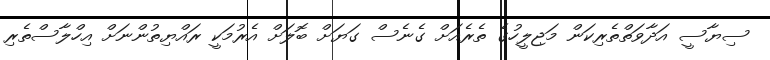
ސިޔާސީ އަދާވަތްތެރިކަން މަޖިލީހުގެ ތެރެއަށް ގެނެސް ގަޔަށް ބޮލަށް އެރުމަކީ ރައްޔިތުންނަށް އިހްލާސްތެރި